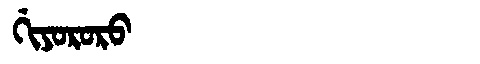
Manchu: ᡤᡳᠶᠣᡵᠣᡵᠣ
Romanization: GIYORORO